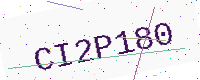
Text: CI2P180